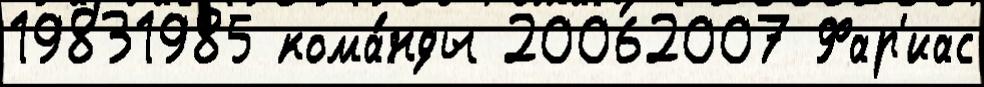
19831985 кома́нды 20062007 Фар'иас